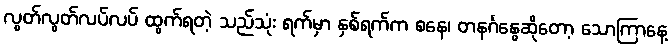
လွတ်လွတ်လပ်လပ် ထွက်ရတဲ့ သည်သုံး ရက်မှာ နှစ်ရက်က စနေ၊ တနင်္ဂနွေဆိုတော့ သောကြာနေ့